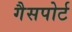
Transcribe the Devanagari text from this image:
गैसपोर्ट